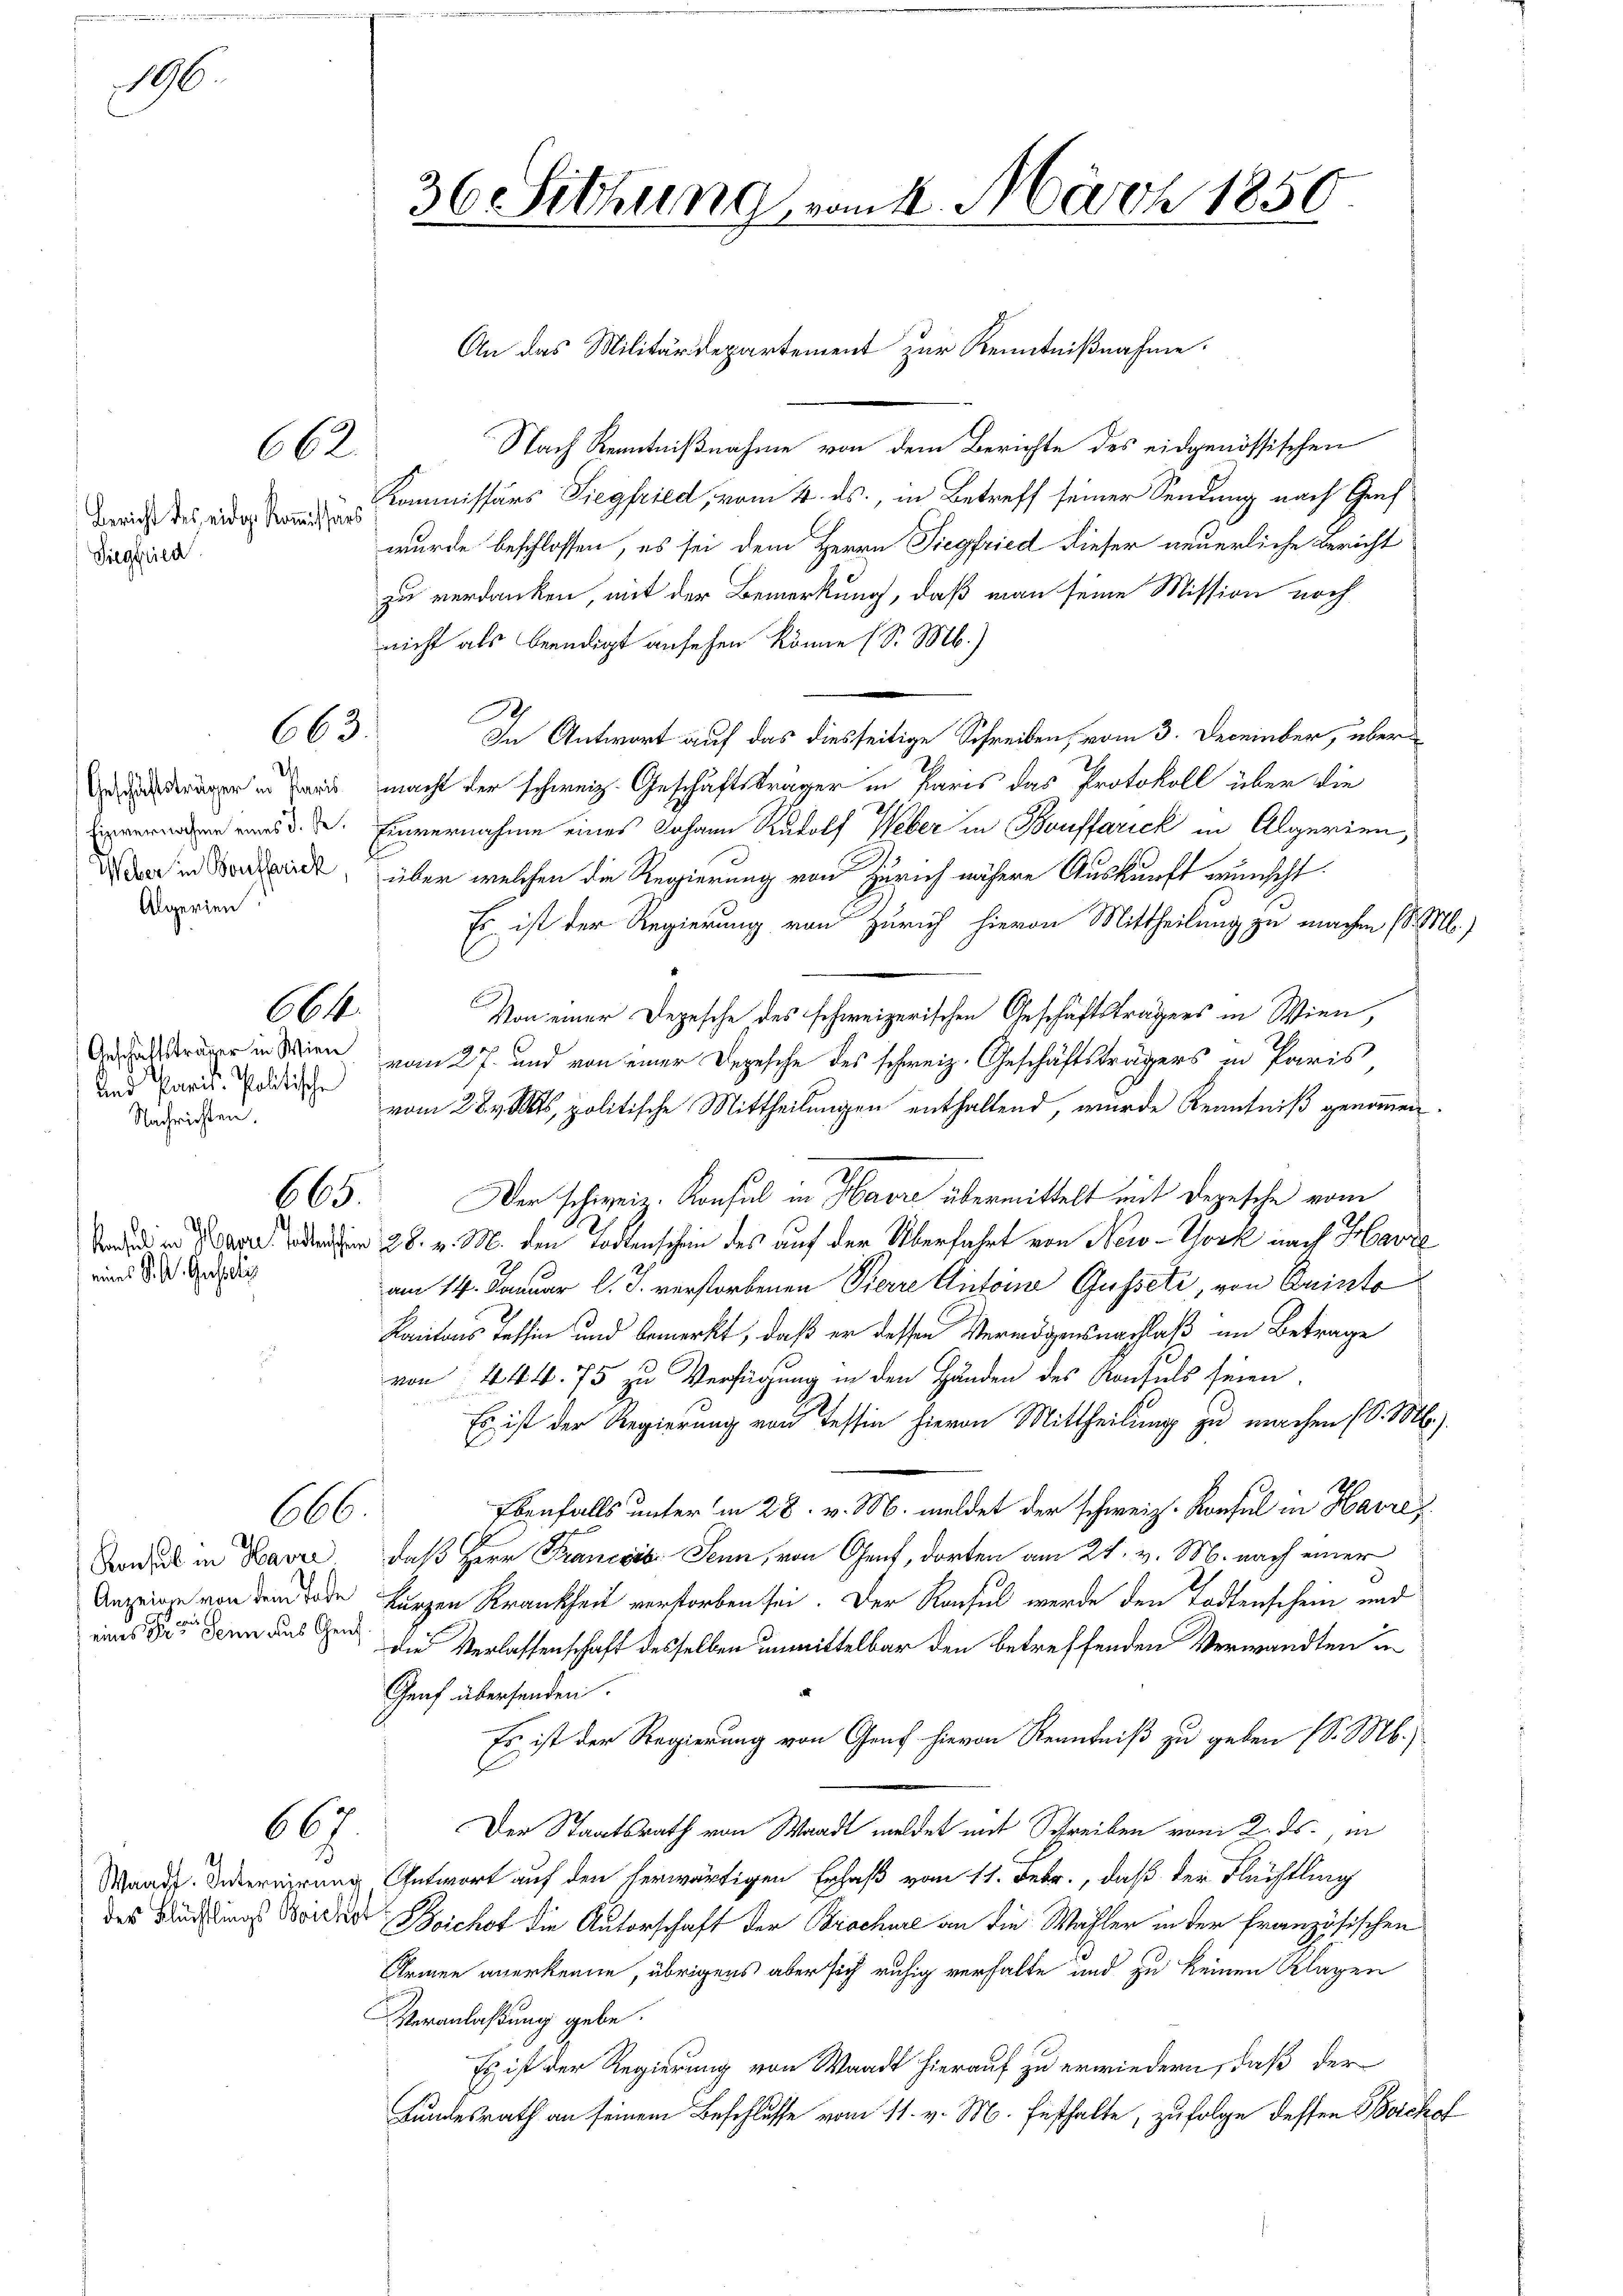
96

Bericht des eidg. Kommissärs
Siegfried

Geschäftsträger in Paris
Einvernahme eines d. M.
Weber in Boutsprick
Algerien

Anschaftsträger in Wien
Und Parist-Politische
Nachrichten.

662.

663.

664.

665.

eines K. A. Gesichte

666.

Konsul in Havre
Anzeigen von dem Tode

667.

An das Militärdepartement zur Kenntnißnahme.
Nach Kenntnißnahme von dem Berichte des eidgenössischen
Kommissärs Siegfried, vom 4. ds., in Betreff seiner Sendung nach Graf
wurde beschlossen, es sei dem Herrn Siegfried dieser neuerliche Bericht
zu verdanken, mit der Bemerkung, daß man seine Mission noch
nicht als beendigt ansehen könne (S. M.)
In Antwort auf das diesseitige Schreiben, vom 3. December, übermacht der schweiz. Geschäftsträger in Paris das Protokoll über die
Einvernahme eines Johann Rudolf Weber in Bonffarick in Algerien,
über welchen die Regierung von Zürich nähere Auskunft wunscht.
Es ist der Regierung von Zürich hievon Mittheilung zu machen (l. M.)
Von einer Depesche des schweizerischen Geschäftsträgers in Wien,
vom 27. und von einer Depesche des schweiz. Geschäftsträgers in Paris,
vom 28. v. Mts, politische Mittheilungen enthaltend, wurde Kenntniß genommen.
Der schweiz. Konsul in Havre übermittelt mit Depesche vom
  den 28. v. M. den Todtenschein des auf der Überfahrt von New-York nach Harde
am 14. Januar l. J. verstorbenen Pierre Antoine Gusseti, von Erinto
Kantons Tessin und bemerkt, daß er dessen Vermögensnachlaß im Betrage
von: 444. 75 zu Verfügung in den Händen des Konsuls seien.
Es ist der Regierung von Tessin hievon Mittheilung zu machen (S. M.)
.
Ebenfalls unter in 28. v. M. meldet der schweiz. Konsul in Havre
daß Herr Francois Senn, von Genf, dorten am 24. v. M. nach einer
kurzen Krankheit verstorben sei. Der Rasul werde den Todtenschein und
eins die denn aus Gens die Verlassenschaft desselben unmittelbar den betreffenden Verwandten in
Graf übersenden.
Es ist der Regierung von Genf hievon Renntniß zu geben (S. M.
Der Staatsrath von Waadt meldet mit Schreiben vom 2. ds., in
Waar Deterirung Antwort auf den herwärtigen Erlaß vom 11. Febr., daß der Flüchtling
des Buches Wider Sichet die Autorschaft der Brachere an die Wahler in der französischen
Armen anerkenne, übrigens aber sich ruhig verhalte und zu keinen Klagen
Veranlaßung gebe.
Es ist der Regierung von Waadt hierauf zu erwiedern, daß der
Bundesrath an seinem Beschlusse vom 11. v. M. festhalte, zufolge dessen Borchof

36 Sitzung vom 4. März 1856